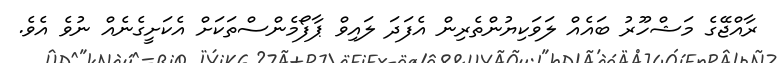
ރާއްޖޭގެ މަޝްހޫރު ބައެއް ލަވަކިޔުންތެރިން އެފަދަ ލައިވް ޕާފޯމެންސްތަކަށް އެކަށީގެނެއް ނުވެ އެވެ.